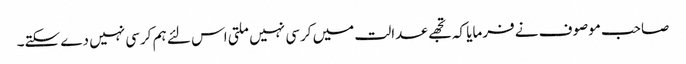
صاحب موصوف نے فرمایا کہ تجھے عدالت میں کرسی نہیں ملتی اس لئے ہم کرسی نہیں دے سکتے۔